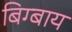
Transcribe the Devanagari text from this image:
बिग्बाय